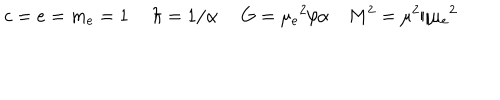
c = e = m _ { e } = 1 ~ ~ \hbar = 1 / \alpha ~ ~ G = \mu _ { e } { } ^ { 2 } / \alpha ~ M ^ { 2 } = \mu ^ { 2 } / \mu _ { e } { } ^ { 2 }